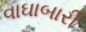
વાઘાબારી